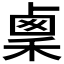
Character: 𥟫